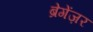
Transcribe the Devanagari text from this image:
ब्रेगेंज़र